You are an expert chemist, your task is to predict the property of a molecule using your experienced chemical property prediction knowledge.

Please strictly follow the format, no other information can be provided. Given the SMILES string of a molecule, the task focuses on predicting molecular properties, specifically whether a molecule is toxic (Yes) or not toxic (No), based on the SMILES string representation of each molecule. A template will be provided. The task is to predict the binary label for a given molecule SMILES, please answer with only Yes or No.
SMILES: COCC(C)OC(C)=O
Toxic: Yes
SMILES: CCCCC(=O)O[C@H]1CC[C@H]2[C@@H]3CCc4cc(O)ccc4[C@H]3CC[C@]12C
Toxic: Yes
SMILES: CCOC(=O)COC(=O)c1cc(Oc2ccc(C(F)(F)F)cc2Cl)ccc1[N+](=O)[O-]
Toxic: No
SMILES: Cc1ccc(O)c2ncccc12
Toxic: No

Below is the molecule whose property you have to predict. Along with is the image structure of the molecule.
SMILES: O=C1O[C@H]([C@@H](O)CO)C([O-])=C1O
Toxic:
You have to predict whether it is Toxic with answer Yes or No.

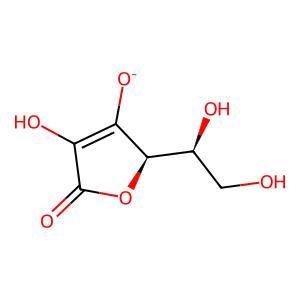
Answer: No